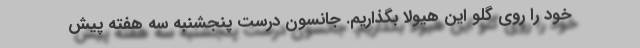
خود را روی گلو این هیولا بگذاریم. جانسون درست پنجشنبه سه هفته پیش